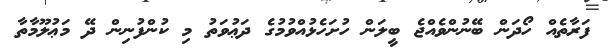
ފަރާތެއް ހޯދަން ބޭނުންވެއްޖެ ބީލަން ހުށަހެޅުއްވުމުގެ ދަޢުވަތު މި ކުންފުނިން ދޭ މަޢުލޫމާތާ